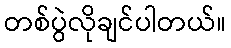
တစ်ပွဲလိုချင်ပါတယ်။